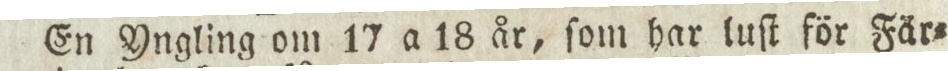
En Yngling om 17 a 18 år, ſom har luſt för Fär=